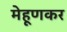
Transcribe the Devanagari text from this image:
मेहूणकर